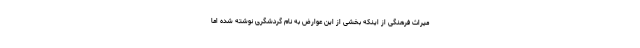
میراث فرهنگی از اینکه بخشی از این عوارض به نام گردشگری نوشته شده اما